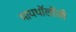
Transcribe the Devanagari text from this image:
मायथॉलॉजी